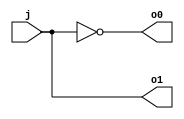
// 1:2 DECODER
module decoder_1_2(input wire j, output wire o0, o1);
	assign o0 = ~j;
    assign o1 = j;
endmodule